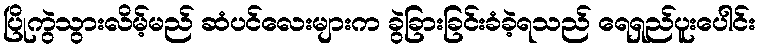
ပြိုကွဲသွားလိမ့်မည် ဆံပင်လေးများက ခွဲခြားခြင်းခံခဲ့ရသည် ရေရှည်ပူးပေါင်း